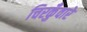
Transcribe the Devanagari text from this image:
चिरकुँवारे